Report on the nature of kala-azar
Disease focus: Kala-Azar
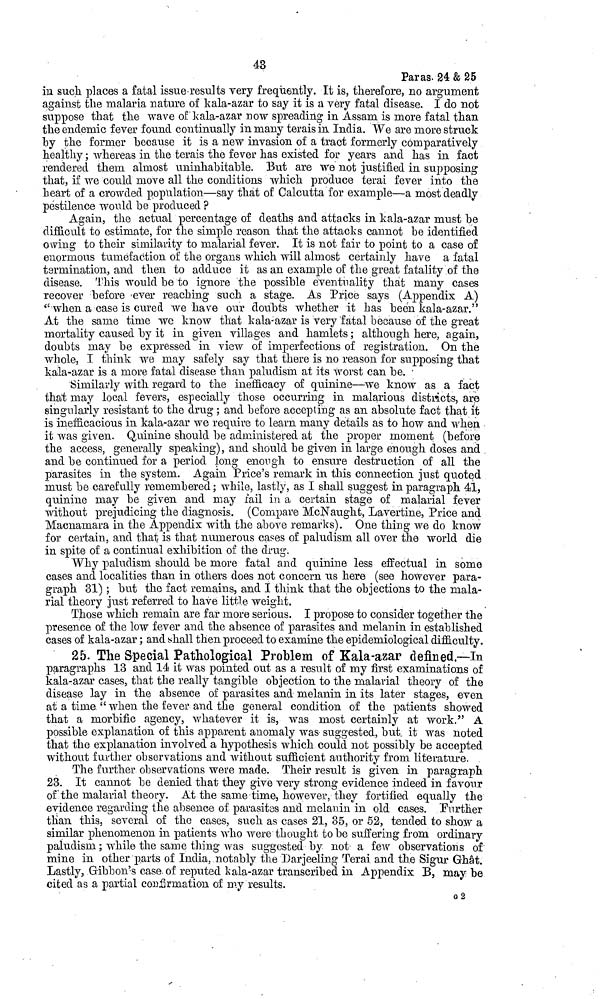
43
Paras. 24 & 25
in such places a fatal issue results very frequently. It is, therefore, no argument
against the malaria nature of kala-azar to say it is a very fatal disease. I do not
suppose that the wave of kala-azar now spreading in Assam is more fatal than
the endemic fever found continually in many terais in India. We are more struck
by the former because it is a new invasion of a tract formerly comparatively
healthy ; whereas in the terais the fever has existed for years and has in fact
rendered them almost uninhabitable. But are we not justified in supposing
that, if we could move all the conditions which produce terai fever into the
heart of a crowded population—say that of Calcutta for example—a most deadly
pestilence would be produced ?
Again, the actual percentage of deaths and attacks in kala-azar must be
difficult to estimate, for the simple reason that the attacks cannot be identified
owing to their similarity to malarial fever. It is not fair to point to a case of
enormous tumefaction of the organs which will almost certainly have a fatal
termination, and then to adduce it as an example of the great fatality of the
disease. This would be to ignore the possible eventuality that many cases
recover before ever reaching such a stage. As Price says (Appendix A)
"when a case is cured we have our doubts whether it has been kala-azar."
At the same time we know that kala-azar is very fatal because of the great
mortality caused by it in given villages and hamlets ; although here, again,
doubts may be expressed in view of imperfections of registration. On the
whole, I think we may safely say that there is no reason for supposing that
kala-azar is a more fatal disease than paludism at its worst can be.
Similarly with regard to the inefficacy of quinine—we know as a fact
that may local fevers, especially those occurring in malarious districts, are
singularly resistant to the drug ; and before accepting as an absolute fact that it
is inefficacious in kala-azar we require to learn many details as to how and when
it was given. Quinine should be administered at the proper moment (before
the access, generally speaking), and should be given in large enough doses and
and be continued for a period long enough to ensure destruction of all the
parasites in the system. Again Price's remark in this connection just quoted
must be carefully remembered ; while, lastly, as I shall suggest in paragraph 41,
quinine may be given and may fail in a certain stage of malarial fever
without prejudicing the diagnosis. (Compare McNaught, Lavertine, Price and
Macnamara in the Appendix with the above remarks). One thing we do know
for certain, and that is that numerous cases of paludism all over the world die
in spite of a continual exhibition of the drug.
Why paludism should be more fatal and quinine less effectual in some
cases and localities than in others does not concern us here (see however para-
graph 31) ; but the fact remains, and I think that the objections to the mala-
rial theory just referred to have little weight.
Those which remain are far more serious. I propose to consider together the
presence of the low fever and the absence of parasites and melanin in established
cases of kala-azar ; and shall then proceed to examine the epidemiological difficulty.
25. The Special Pathological Problem of Kala-azar defined.—In
paragraphs 13 and 14 it was pointed out as a result of my first examinations of
kala-azar cases, that the really tangible objection to the malarial theory of the
disease lay in the absence of parasites and melanin in its later stages, even
at a time "when the fever and the general condition of the patients showed
that a morbific agency, whatever it is, was most certainly at work." A
possible explanation of this apparent anomaly was suggested, but it was noted
that the explanation involved a hypothesis which could not possibly be accepted
without further observations and without sufficient authority from literature.
The further observations were made. Their result is given in paragraph
23. It cannot be denied that they give very strong evidence indeed in favour
of the malarial theory. At the same time, however, they fortified equally the
evidence regarding the absence of parasites and melanin in old cases. Further
than this, several of the cases, such as cases 21, 35, or 52, tended to show a
similar phenomenon in patients who were thought to be suffering from ordinary
paludism ; while the same thing was suggested by not a few observations of
mine in other parts of India, notably the Darjeeling Terai and the Sigur Ghât.
Lastly, Gibbon's case of reputed kala-azar transcribed in Appendix B, may be
cited as a partial confirmation of my results.
G2